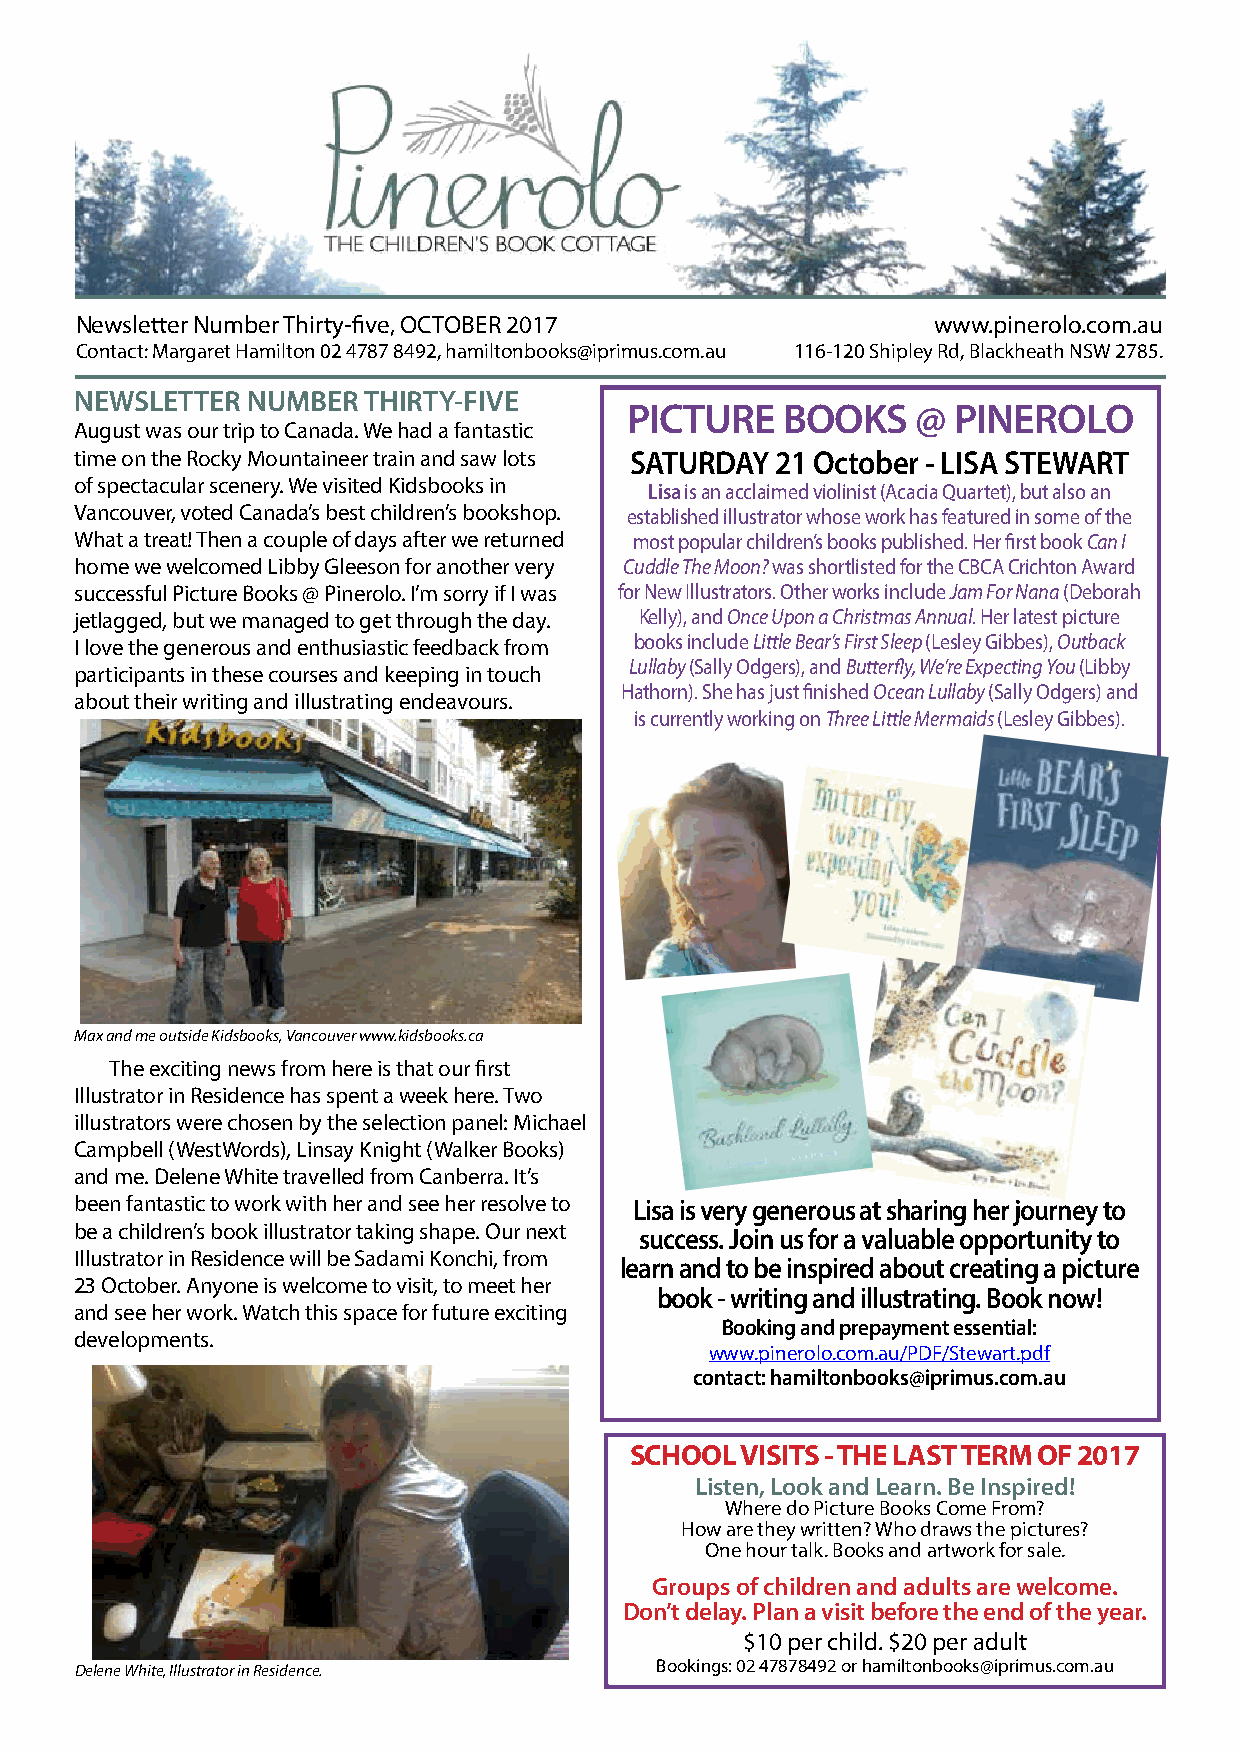
Newsletter Number Thirty-five, OCTOBER 2017              www.pinerolo.com.au
 Contact: Margaret Hamilton 02 4787 8492, hamiltonbooks@iprimus.com.au 116-120 Shipley Rd, Blackheath NSW 2785.
 NEWSLETTER NUMBER  THIRTY-FIVE
 PICTURE    BOOKS    @ PINEROLO
 August was our trip to Canada. We had a fantastic
 time on the Rocky Mountaineer train and saw lots SATURDAY 21 October - LISA STEWART
 of spectacular scenery. We visited Kidsbooks in
 Lisa is an acclaimed violinist (Acacia Quartet), but also an
 Vancouver, voted Canada’s best children’s bookshop. established illustrator whose work has featured in some of the
 What a treat! Then a couple of days after we returned most popular children’s books published. Her first book Can I
 home we welcomed Libby Gleeson for another very Cuddle The Moon? was shortlisted for the CBCA Crichton Award
 successful Picture Books @ Pinerolo. I’m sorry if I was for New Illustrators. Other works include Jam For Nana (Deborah
 jetlagged, but we managed to get through the day. Kelly), and Once Upon a Christmas Annual. Her latest picture
 I love the generous and enthusiastic feedback from books include Little Bear’s First Sleep (Lesley Gibbes), Outback
 Lullaby (Sally Odgers), and Butterfly, We’re Expecting You (Libby
 participants in these courses and keeping in touch
 Hathorn). She has just finished Ocean Lullaby (Sally Odgers) and
 about their writing and illustrating endeavours.
 is currently working on Three Little Mermaids (Lesley Gibbes).
 Max and me outside Kidsbooks, Vancouver www.kidsbooks.ca
 The exciting news from here is that our first
 Illustrator in Residence has spent a week here. Two
 illustrators were chosen by the selection panel: Michael
 Campbell (WestWords), Linsay Knight (Walker Books)
 and me. Delene White travelled from Canberra. It’s
 been fantastic to work with her and see her resolve to Lisa is very generous at sharing her journey to
 be a children’s book illustrator taking shape. Our next success. Join us for a valuable opportunity to
 Illustrator in Residence will be Sadami Konchi, from
 learn and to be inspired about creating a picture
 23 October. Anyone is welcome to visit, to meet her
 book - writing and illustrating. Book now!
 and see her work. Watch this space for future exciting
 Booking and prepayment essential:
 developments.
 www.pinerolo.com.au/PDF/Stewart.pdf
 contact: hamiltonbooks@iprimus.com.au
 SCHOOL VISITS - THE LAST TERM OF 2017
 Listen, Look and Learn. Be Inspired!
 Where do Picture Books Come From?
 How are they written? Who draws the pictures?
 One hour talk. Books and artwork for sale.
 Groups of children and adults are welcome.
 Don’t delay. Plan a visit before the end of the year.
 $10 per child. $20 per adult
 Delene White, Illustrator in Residence. Bookings: 02 47878492 or hamiltonbooks@iprimus.com.au